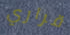
قراري